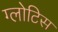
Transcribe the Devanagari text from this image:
ग्लोटिस